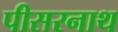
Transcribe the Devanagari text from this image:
पीसरनाथ